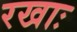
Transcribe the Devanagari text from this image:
रखाः